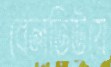
বেলভিউয়ে